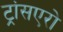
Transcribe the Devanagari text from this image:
ट्रांसएरो